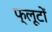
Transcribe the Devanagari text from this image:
फ्लूटों